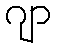
ဂျာ